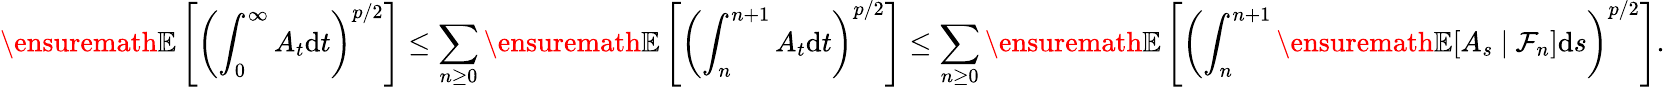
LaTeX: {\ensuremath{\mathbb E}}\left[\left(\int_{0}^{\infty}A_{t}\mathrm{d}t\right)^{p/2}\right]\le\sum_{n\ge 0}{\ensuremath{\mathbb E}}\left[\left(\int_{n}^{n+1}A_{t}\mathrm{d}t\right)^{p/2}\right]\le\sum_{n\ge 0}{\ensuremath{\mathbb E}}\left[\left(\int_{n}^{n+1}{\ensuremath{\mathbb E}}[A_{s}\ |\ \mathcal F_{n}]\mathrm{d}s\right)^{p/2}\right].